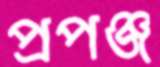
প্রপঞ্জ